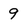
Character: 9